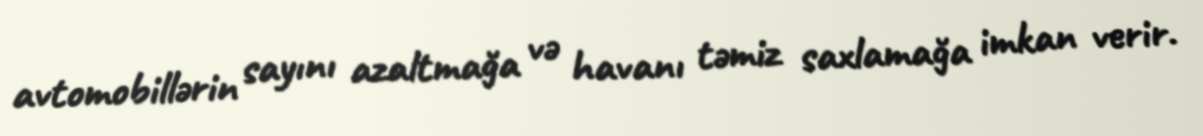
avtomobillərin sayını azaltmağa və havanı təmiz saxlamağa imkan verir.